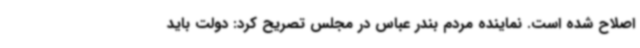
اصلاح شده است. نماینده مردم بندر عباس در مجلس تصریح کرد: دولت باید